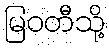
မြဝတီသို့